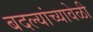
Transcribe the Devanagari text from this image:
बदल्यांच्यावेळी